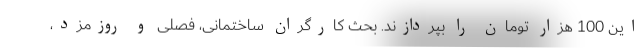
این 100 هزار تومان را بپردازند. بحث کارگران ساختمانی، فصلی و روزمزد،